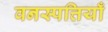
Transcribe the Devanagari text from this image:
वनस्पत्तियाँ